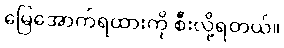
မြေအောက်ရထားကို စီးလို့ရတယ်။